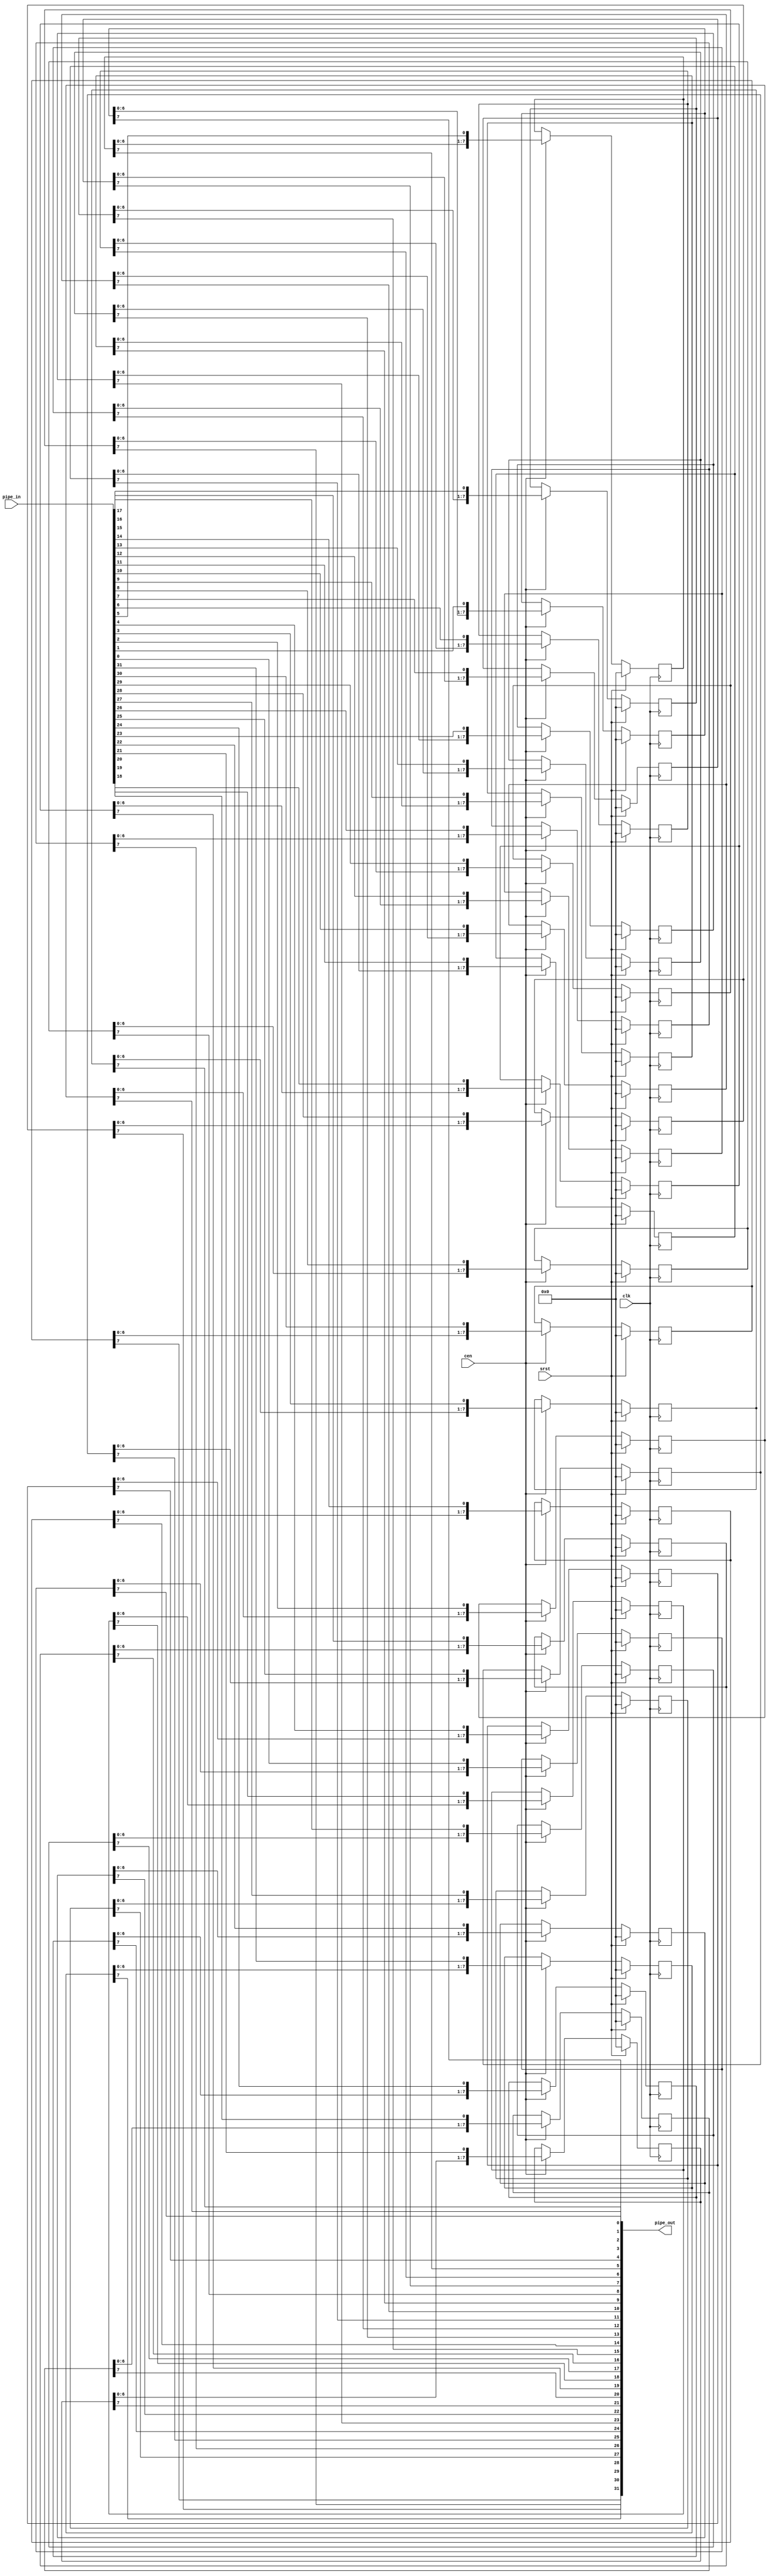
/* 
 * ----------------------------------------------------------------------------
 *  Project:  OpenIRV
 *  Purpose:  Simple width/depth configurable pipelining module.
 * ----------------------------------------------------------------------------
 *  Copyright  2020-2021, Vaagn Oganesyan <ovgn@protonmail.com>
 *  
 *  Licensed under the Apache License, Version 2.0 (the "License");
 *  you may not use this file except in compliance with the License.
 *  You may obtain a copy of the License at
 *  
 *      http://www.apache.org/licenses/LICENSE-2.0
 *  
 *  Unless required by applicable law or agreed to in writing, software
 *  distributed under the License is distributed on an "AS IS" BASIS,
 *  WITHOUT WARRANTIES OR CONDITIONS OF ANY KIND, either express or implied.
 *  See the License for the specific language governing permissions and
 * ----------------------------------------------------------------------------
 */


`default_nettype none
`timescale 1ps / 1ps


module pipeline #
(
    parameter   PIPE_WIDTH  = 32,
    parameter   PIPE_STAGES = 8
)
(
    input   wire                        clk,
    input   wire                        cen,
    input   wire                        srst,
    input   wire    [PIPE_WIDTH - 1:0]  pipe_in,
    output  wire    [PIPE_WIDTH - 1:0]  pipe_out
);
    
/*-------------------------------------------------------------------------------------------------------------------------------------*/
    
    genvar i;
    
    generate
        for (i = 0; i < PIPE_WIDTH; i = i + 1) begin: loop
        
            reg [PIPE_STAGES - 1:0] pipe_gen;
            
            always @(posedge clk) begin
                if (srst) begin
                    pipe_gen <= {PIPE_STAGES{1'b0}};
                end else begin
                    if (cen) begin
                        pipe_gen <= (PIPE_STAGES > 1)? {pipe_gen[PIPE_STAGES - 2:0], pipe_in[i]} : pipe_in[i];
                    end
                end
            end
            
            assign pipe_out[i] = pipe_gen[PIPE_STAGES - 1];
        end
    endgenerate
    
endmodule

/*-------------------------------------------------------------------------------------------------------------------------------------*/

`default_nettype wire